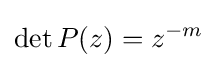
\det P(z)=z^{-m}